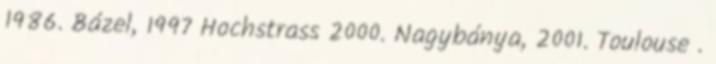
1986. Bázel, 1997 Hochstrass 2000. Nagybánya, 2001. Toulouse .